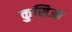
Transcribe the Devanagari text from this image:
कुसिआ